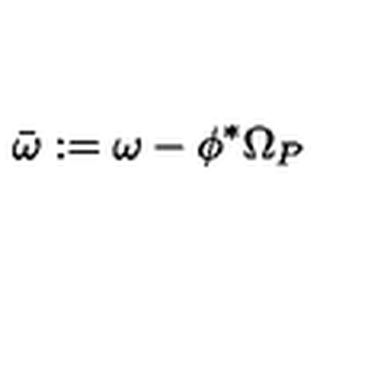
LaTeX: \bar { \omega } : = \omega - \phi ^ { * } \Omega _ { P }